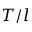
T / l